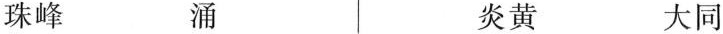
珠峰 涌 炎黄 大同